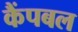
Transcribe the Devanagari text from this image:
कैंपबल